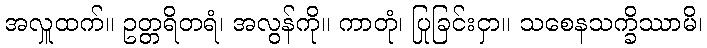
အလှူထက်။ ဥတ္တရိတရံ၊ အလွန်ကို။ ကာတုံ၊ ပြုခြင်းငှာ။ သစေနသက္ခိဿာမိ၊